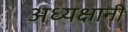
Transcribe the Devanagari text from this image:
अध्यक्षानी